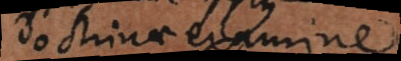
doctrinae examine.